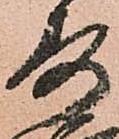
寿